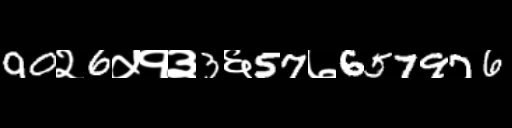
Text: 90२6५१३3६57७657976